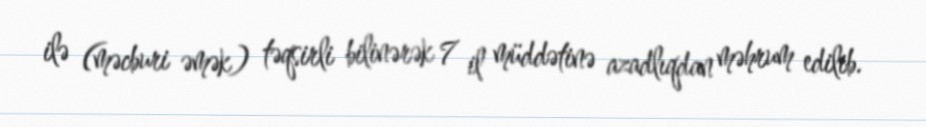
ilə (məcburi əmək) təqsirli bilinərək 7 il müddətinə azadlıqdan məhrum edilib.